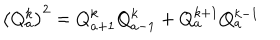
\left( Q _ { a } ^ { k } \right) ^ { 2 } = Q _ { a + 1 } ^ { k } Q _ { a - 1 } ^ { k } + Q _ { a } ^ { k + 1 } Q _ { a } ^ { k - 1 }